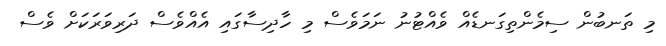
މި ތަނބުން ސިމެންތިގަނޑެއް ވެއްޓުނު ނަމަވެސް މި ހާދިސާގައި އެއްވެސް ދަރިވަރަކަށް ވެސް